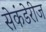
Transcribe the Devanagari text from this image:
सेकंडेरीज